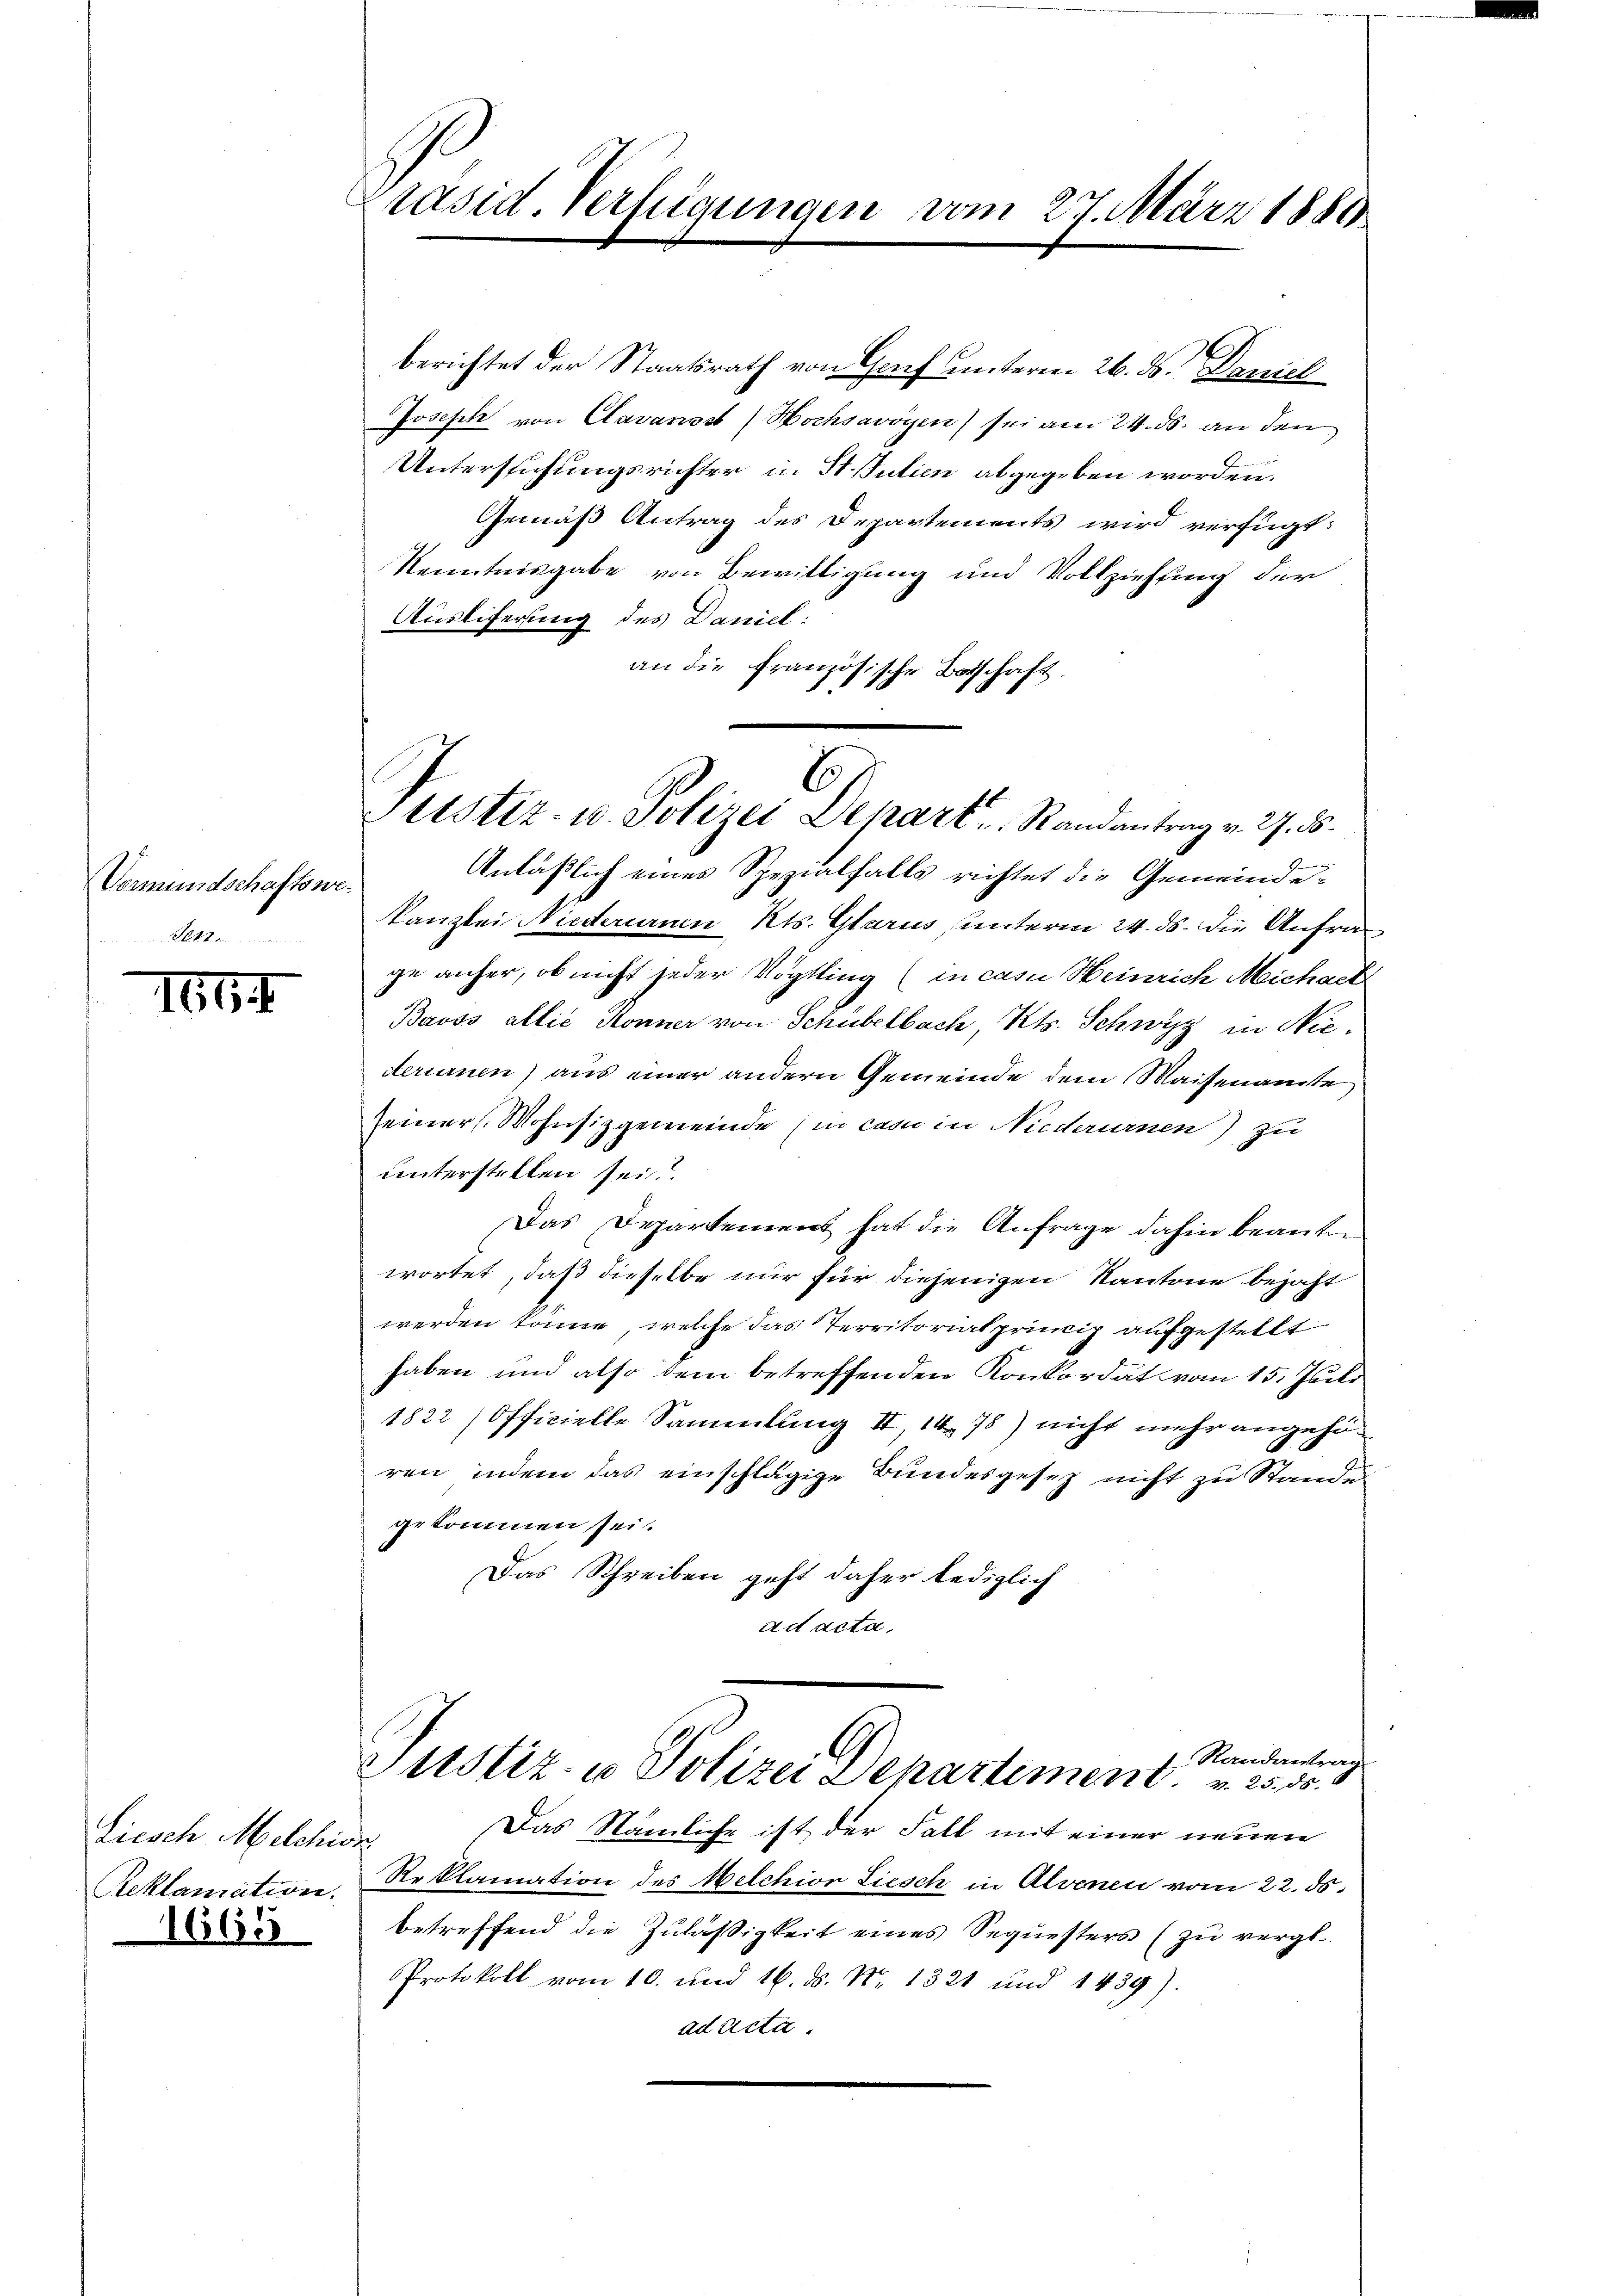
Vormundschaftswet1.

1664

Liesch Melchior
Reklamation.
1665

berichtet der Staatsrath von Genf unterm 26. ds. Daniel
Joseph von Clavannst Hochsavoyen sei am 24. ds. an den
Unterstehungsrichter in St. utien abgegeben worden.
Gemäß Antrag des Departements wird verfügt:
Kenntnisgabe von Bewittigung und Vollziehung der
Ausliferung des Daniel:
an die französische Botschaft.
Anläßlich eines Spezialfalls richtet die Gemeinde¬
Kanzlei Niederurnen Kts. Glarus unterm 24. ds. die Anfrage anher, ob nicht jeder Vögtling (in casu Heinrich Michaet
Bavos allie Konner von Schübelbach, Kts. Schwyz in Niederinnen) aus einer andern Gemeinde dem Waisenamte
seiner Mohnsizgemeinde (in cas in Niederurnen) zu
unterstellen sei?
Das Departement hat die Anfrage dahin beanten
wortet, daß dieselbe nur für diejenigen Kantone bejaht
werden könne, welche das Territorialprincip aufgestellt
haben und also dem betreffenden Konkordat vom 15. Juli
1822 / Officielle Sammlung II, 14. 75) nicht mehr angefüren, indem das einschlägige Bundesgesetz nicht zu Stande
gekommen sei.
Das Schreiben geht daher lediglich
ad acta,

Präsid. Verfügungen vom 27. März 1880

6
Justiz- u. Polizei Depart. Randantrag v. 27. 5.

Das Nämliche ist der Fall mit einer neuen
Reklamation des Melchion Liesch in Alvenen vom 22. ds.
betreffend die Zuläßigkeit eines Sequesters (zu vergl.
Protokoll vom 10. und 16. ds. Nr. 1321 und 1439).
ad acta.

1 Randantrag
Justiz- u Polizei Departement v. 253.